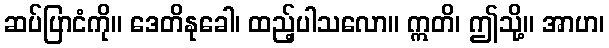
ဆပ်ပြာငံကို။ ဒေတိနုခေါ၊ ထည့်ပါသလော။ ဣတိ၊ ဤသို့။ အာဟ၊